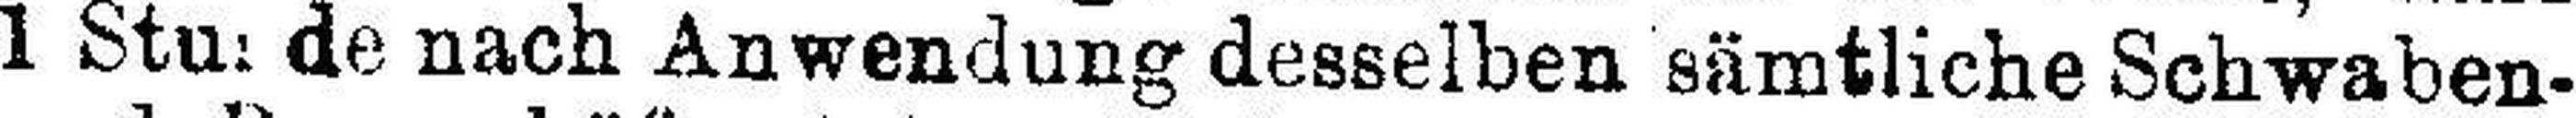
1 Stunde nach Anwendung desselben sämtliche Schwaben¬